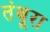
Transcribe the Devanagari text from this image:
तंबूरा